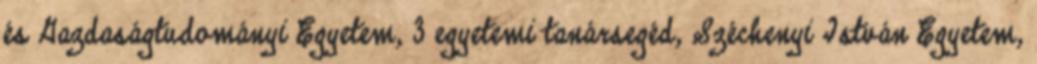
és Gazdaságtudományi Egyetem, 3 egyetemi tanársegéd, Széchenyi István Egyetem,